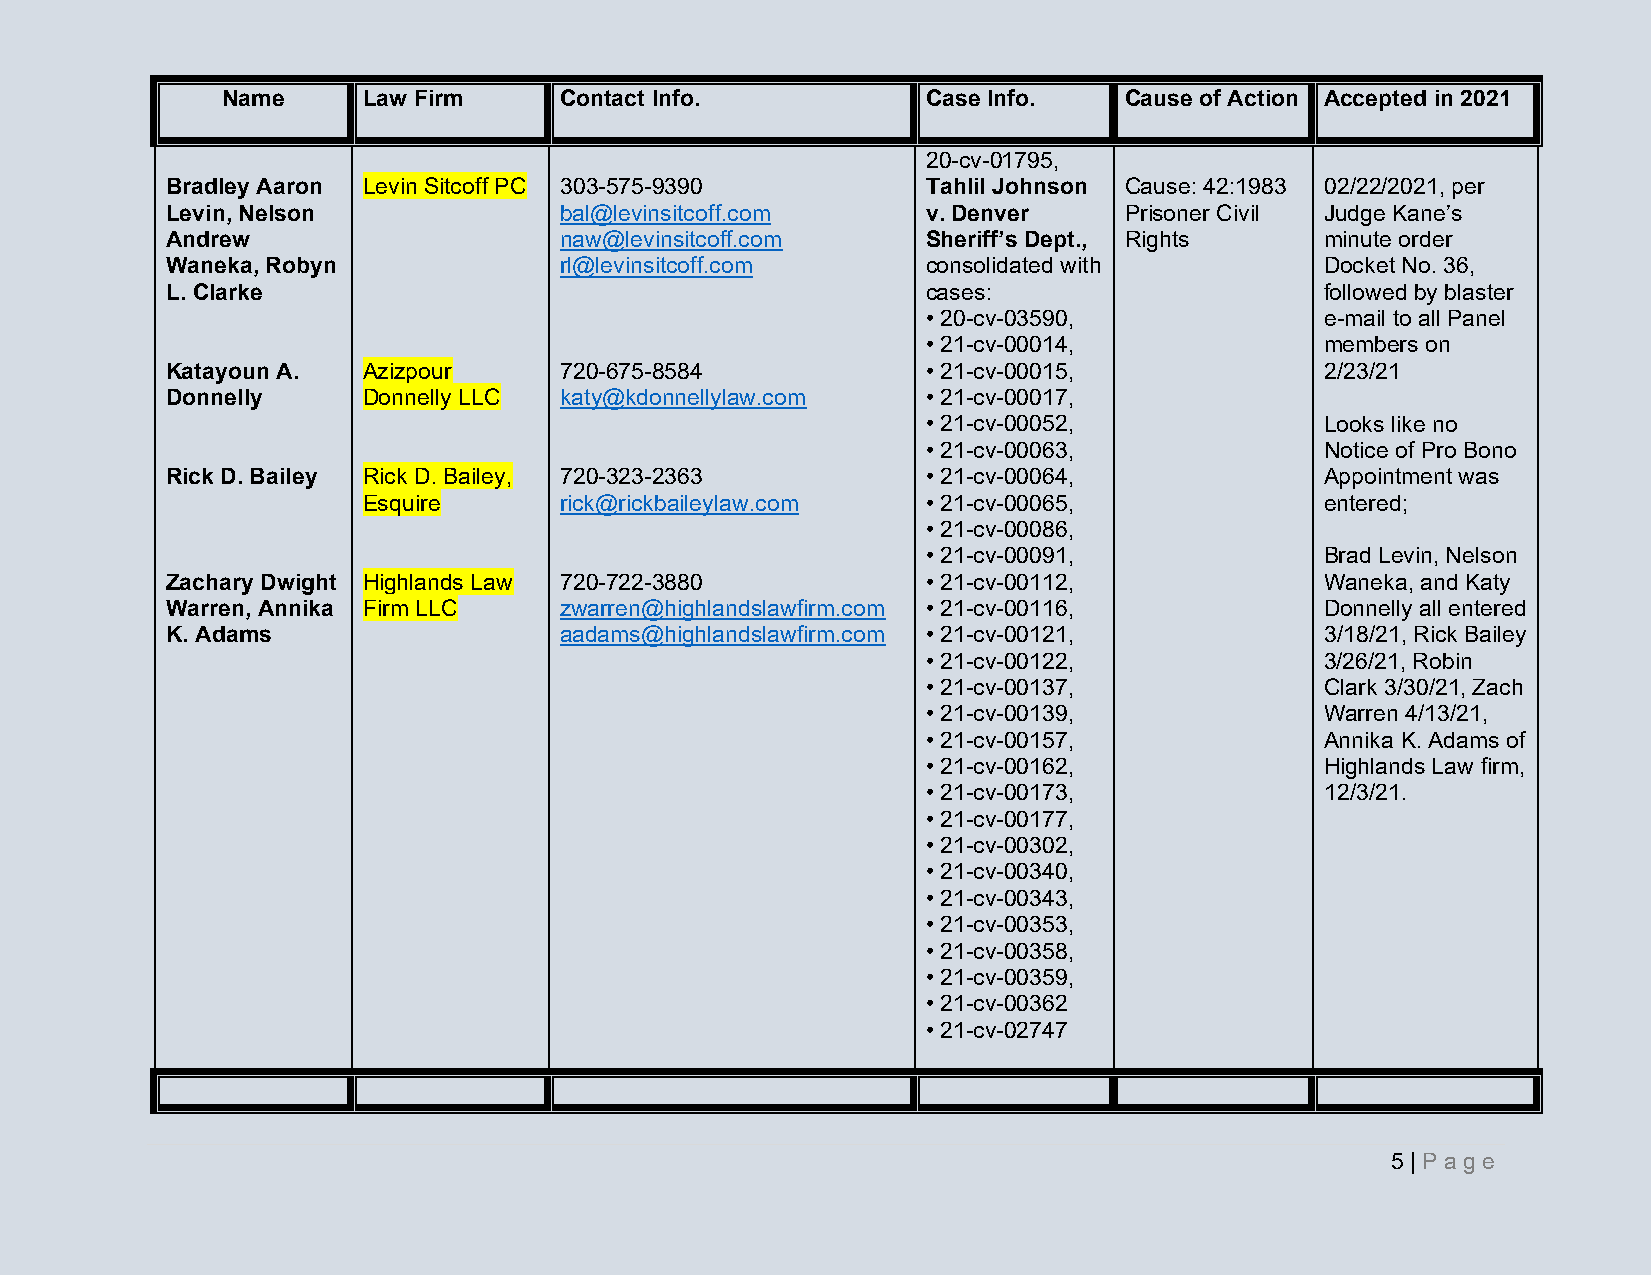
Name     Law Firm     Contact Info.           Case Info.   Cause of Action Accepted in 2021
 20-cv-01795,
 Bradley Aaron Levin Sitcoff PC 303-575-9390       Tahlil Johnson Cause: 42:1983 02/22/2021, per
 Levin, Nelson             bal@levinsitcoff.com    v. Denver    Prisoner Civil Judge Kane’s
 Andrew                    naw@levinsitcoff.com    Sheriff’s Dept., Rights    minute order
 Waneka, Robyn             rl@levinsitcoff.com     consolidated with          Docket No. 36,
 L. Clarke                                         cases:                     followed by blaster
 • 20-cv-03590,             e-mail to all Panel
 • 21-cv-00014,             members on
 Katayoun A.  Azizpour     720-675-8584            • 21-cv-00015,             2/23/21
 Donnelly     Donnelly LLC katy@kdonnellylaw.com   • 21-cv-00017,
 • 21-cv-00052,             Looks like no
 • 21-cv-00063,             Notice of Pro Bono
 Rick D. Bailey Rick D. Bailey, 720-323-2363       • 21-cv-00064,             Appointment was
 Esquire      rick@rickbaileylaw.com  • 21-cv-00065,             entered;
 • 21-cv-00086,
 • 21-cv-00091,             Brad Levin, Nelson
 Zachary Dwight Highlands Law 720-722-3880         • 21-cv-00112,             Waneka, and Katy
 Warren, Annika Firm LLC   zwarren@highlandslawfirm.com • 21-cv-00116,        Donnelly all entered
 K. Adams                  aadams@highlandslawfirm.com • 21-cv-00121,         3/18/21, Rick Bailey
 • 21-cv-00122,             3/26/21, Robin
 • 21-cv-00137,             Clark 3/30/21, Zach
 • 21-cv-00139,             Warren 4/13/21,
 • 21-cv-00157,             Annika K. Adams of
 • 21-cv-00162,             Highlands Law firm,
 • 21-cv-00173,             12/3/21.
 • 21-cv-00177,
 • 21-cv-00302,
 • 21-cv-00340,
 • 21-cv-00343,
 • 21-cv-00353,
 • 21-cv-00358,
 • 21-cv-00359,
 • 21-cv-00362
 • 21-cv-02747
 5 | Pa g e